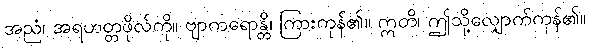
အညံ၊ အရဟတ္တဖိုလ်ကို။ ဗျာကရောန္တိ၊ ကြားကုန်၏။ ဣတိ၊ ဤသို့လျှောက်ကုန်၏။